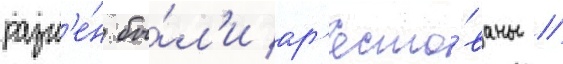
разм'е́н бы́л'и ар'есто́ваны //